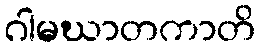
ဂါမဃာတကာတိ